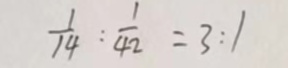
\frac { 1 } { 1 4 } : \frac { 1 } { 4 2 } = 3 : 1